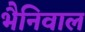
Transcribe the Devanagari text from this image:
भैनिवाल